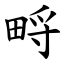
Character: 㽟